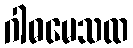
ဂါဓမေသထ